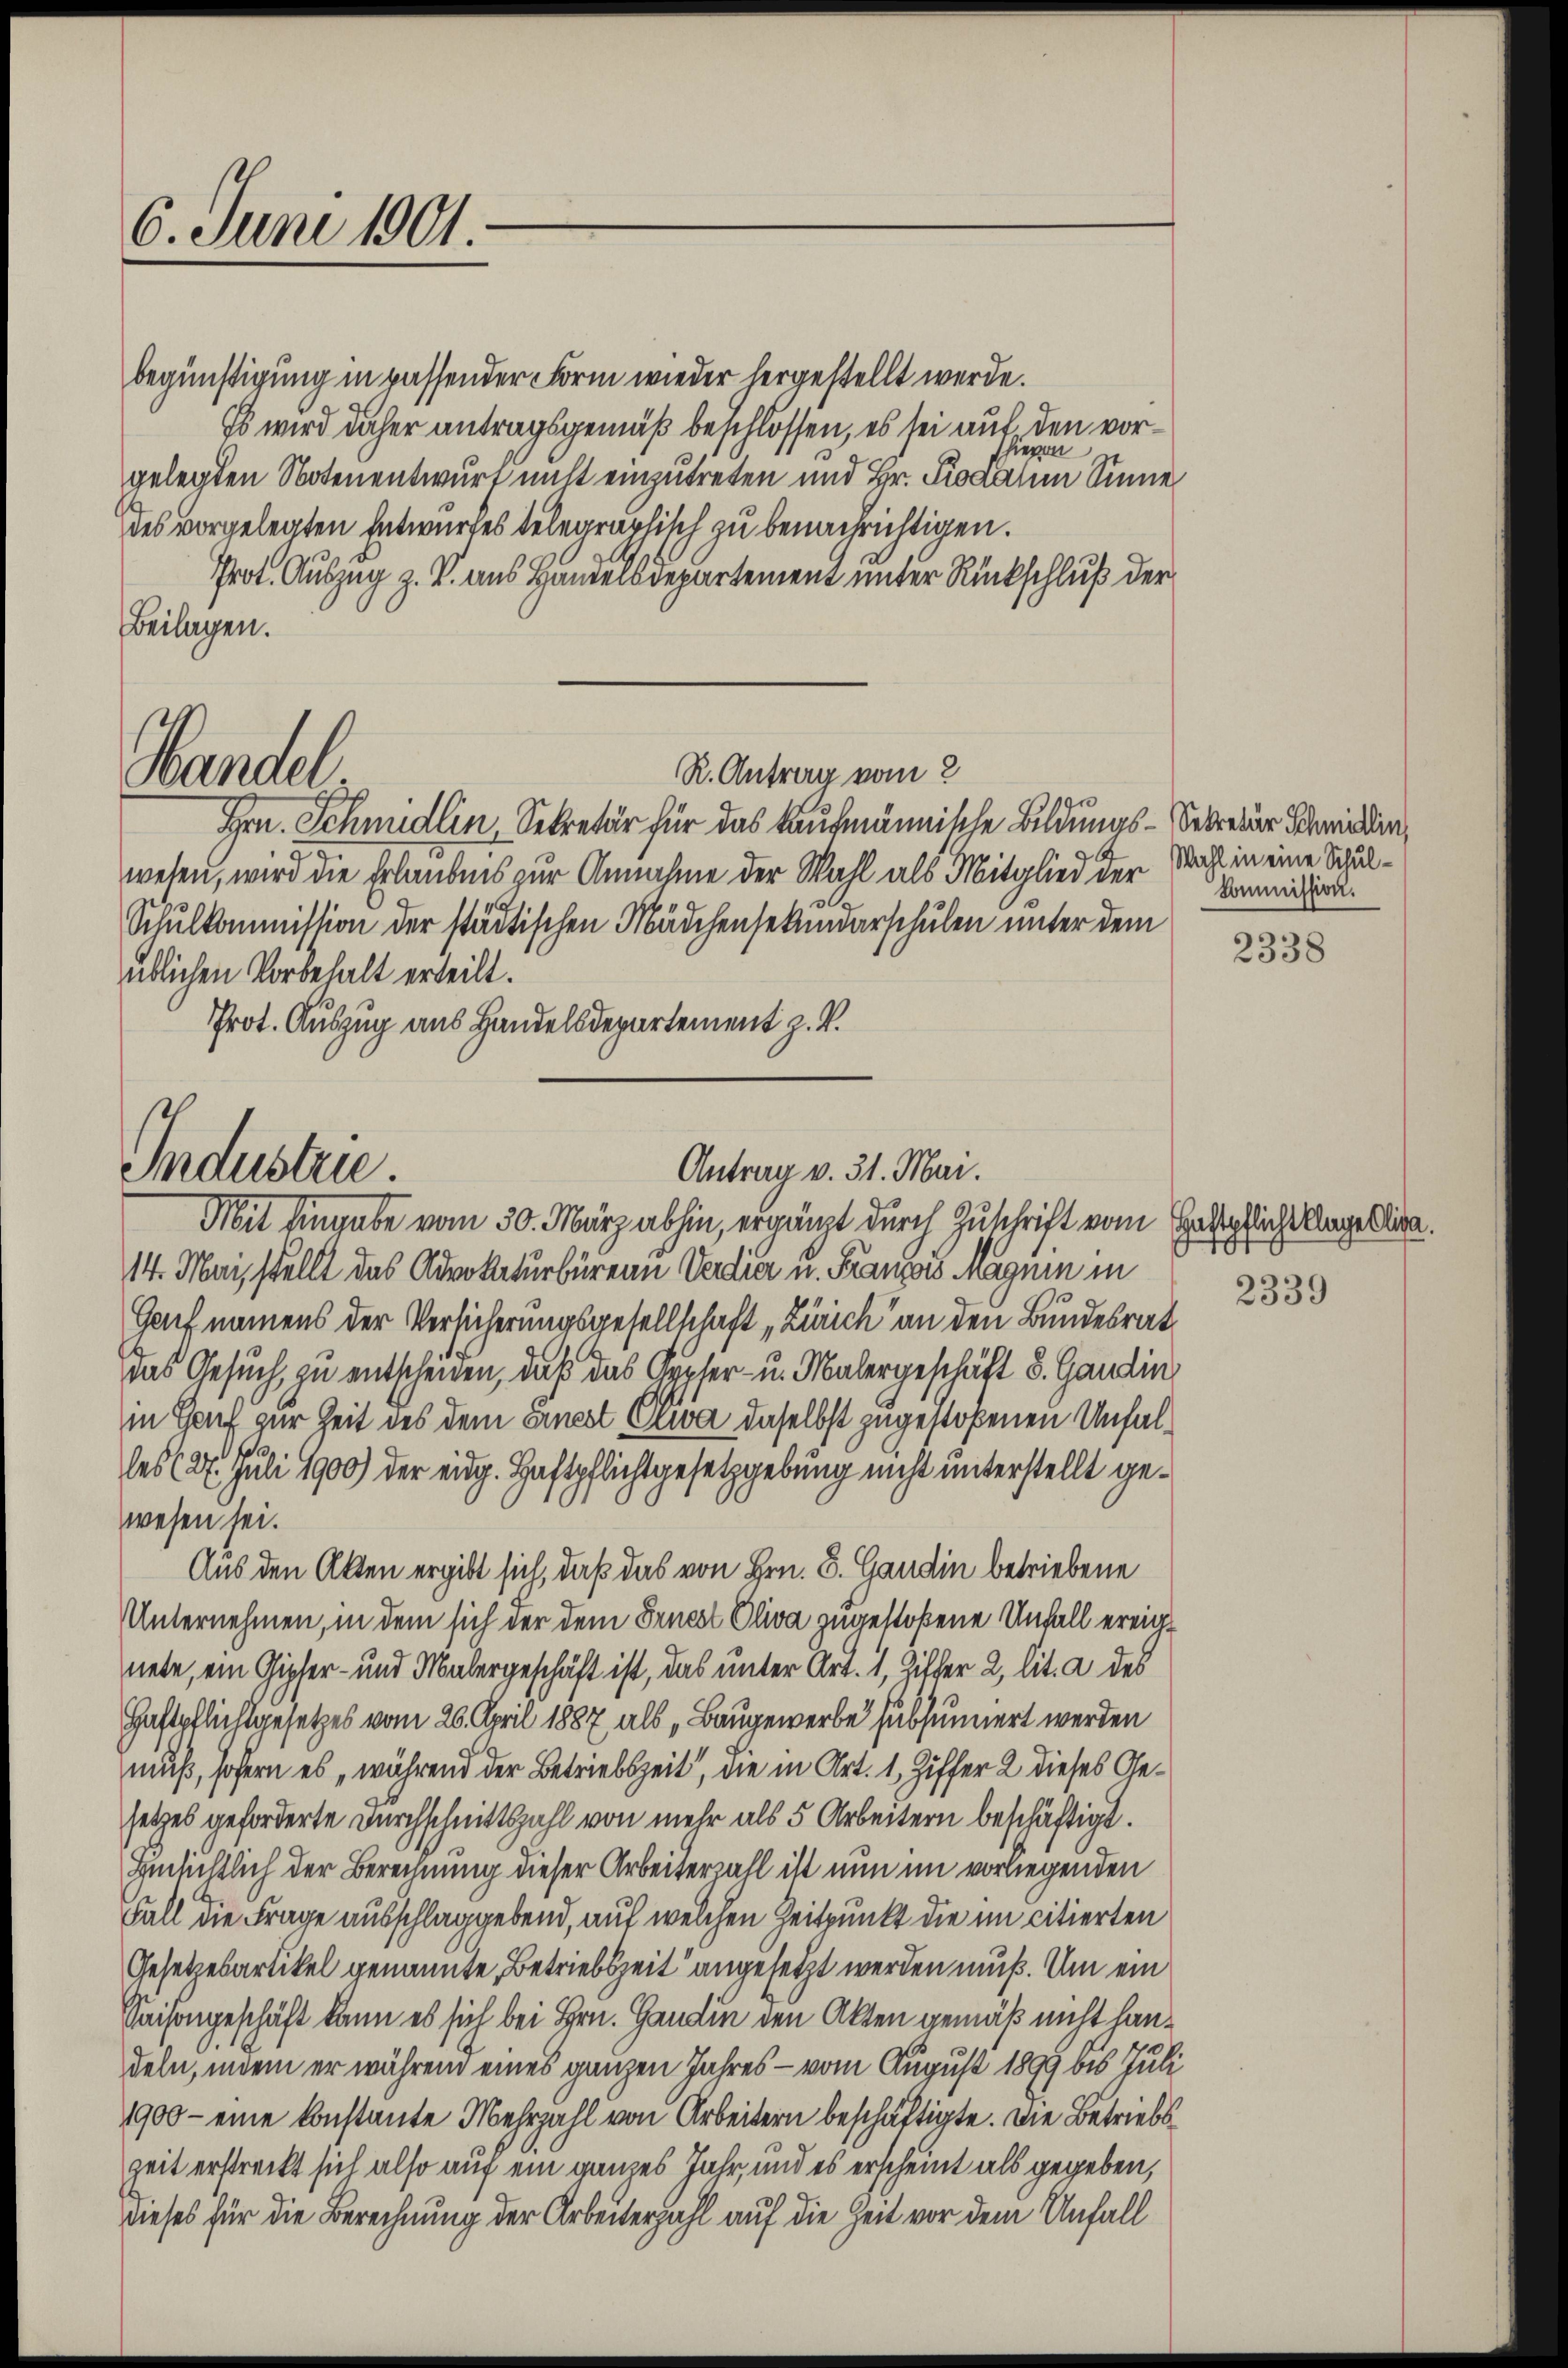
6. Juni 1901.

begünstigung in passender Form wieder hergestellt werde.
Es wird daher antragsgemäß beschlossen, es sei auf den vorhievon
gelegten Notenentwurf nicht einzutreten und Hr. Piodatum Sinne
es vorgelegten Entwurfes telegraphisch zu benachrichtigen.
Prot. Auszug z. V. aus Handelsdepartement unter Rückschluß der
Beilagen.
R. Antrag vom 2
Wandel
Hrn. Schmidlin, Sekretär für das kaufmännische Bildungs-Secretär Schieden,
wesen, wird die Erlaubnis zur Annahme der Wahl als Mitglied der
Schulkommission der städtischen Mädchensekundarschulen unter dem
üblichen Vorbehalt erteilt.
Prot. Auszug aus Handelsdepartement z. B.

Industru

14. Mai stellt das Advokaturbürern Verdier u. Franzis Magnie in
Genf namens der Versicherungsgesellschaft „Zürich an den Bundesrat
Das Gesuch, zu entscheiden, daß das Gypfer- u. Malergeschäft d. Gandin
in Genf zur Zeit des dem Eines Etwa daselbst zugestoßenen Unfaldes (27. Juli 1900) der eidg. Haftpflichtgesetzgebung nicht unterstellt gewesen sei.
Aus den Akten ergibt sich, daß das von Hrn. S. Gandin betriebene
Unternehmen, in dem sich der dem Ernesl Oliva zugestoßene Unfall ereignete, ein Gipfer- und Malergeschäft ist, das unter Art. 1, Ziffer 2, lit. a des
Haftpflichtgesetzes vom 26. April 1887 als „Baugewerbe subsumiert werden
muß, sofern es während der Betriebszeit, die in Art. 1, Ziffer 2 dieses Gesetzes geforderte Durchschnittszahl von mehr als 5 Arbeitern beschäftigt.
Hinsichtlich der Berechnung dieser Arbeiterzahl ist nun im vorliegenden
Fall die Frage ausschlaggebend, auf welchen Zeitpunkt die im citierten
Gesetzesartikel genannte, Betriebszeit angesetzt werden muß. Um ein
Saisongeschäft kann es sich bei Hrn. Gandin den Akten gemäß nicht handeln, indem er während eines ganzen Jahres - vom August 1899 bis Juli
1900 - eine konstante Mehrzahl von Arbeitern beschäftigte. Die Betriebszeit erstreckt sich also auf ein ganzes Jahr, und es erscheint als gegeben,
dieses für die Berechnung der Arbeiterzahl auf die Zeit vor dem Unfall

Antrag v. 31. Mai.
Mit Eingabe vom 30. März abhin, ergänzt durch Zuschrift vom Haftpflichte Angekling

Wahl in eine Schul¬
Commission.

2338

2339